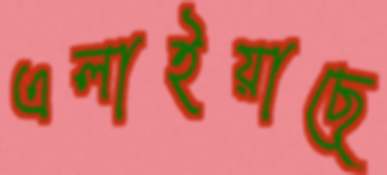
এলাইয়াছে